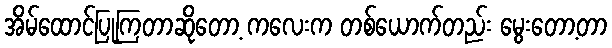
အိမ်ထောင်ပြုကြတာဆိုတော့ ကလေးက တစ်ယောက်တည်း မွေးတော့တာ